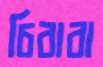
চিবাবা